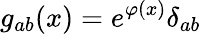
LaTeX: g_{ab}(x)=e^{\varphi(x)}\delta_{ab}